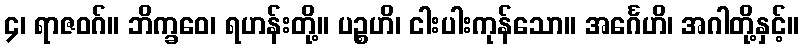
၄၊ ရာဇဝဂ်။ ဘိက္ခဝေ၊ ရဟန်းတို့။ ပဉ္စဟိ၊ ငါးပါးကုန်သော။ အင်္ဂေဟိ၊ အဂါတို့နှင့်။